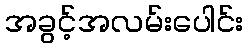
အခွင့်အလမ်းပေါင်း